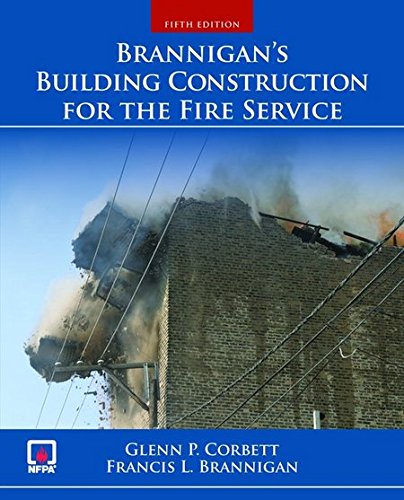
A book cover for Brannigan's Building Construction For The Fire Service; Glenn P. Corbett; Engineering & Transportation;